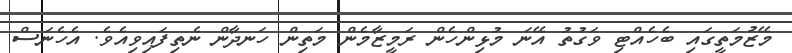
މޭޒުމަތީގައި ބެހެއްޓި ވަގުތު އޭނަ މުޅިންހެން ރަމީޒާމެން މަތިން ހަނދާން ނެތިފައިވިއެވެ. އެހެނަސް